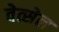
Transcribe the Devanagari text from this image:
वेत्सेल